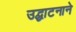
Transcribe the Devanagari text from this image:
उद्घाटनाने